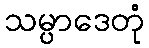
သမ္ပာဒေတုံ